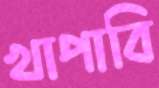
খাপাবি